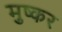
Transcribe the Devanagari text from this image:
मुष्कर